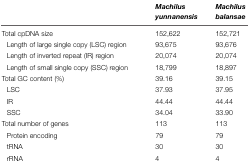
<table><thead><tr><td></td><td><b><i>Machilus yunnanensis</i></b></td><td><b><i>Machilus balansae</i></b></td></tr></thead><tbody><tr><td>Total cpDNA size</td><td>152,622</td><td>152,721</td></tr><tr><td>Length of large single copy (LSC) region</td><td>93,675</td><td>93,676</td></tr><tr><td>Length of inverted repeat (IR) region</td><td>20,074</td><td>20,074</td></tr><tr><td>Length of small single copy (SSC) region</td><td>18,799</td><td>18,897</td></tr><tr><td>Total GC content (%)</td><td>39.16</td><td>39.15</td></tr><tr><td>LSC</td><td>37.93</td><td>37.95</td></tr><tr><td>IR</td><td>44.44</td><td>44.44</td></tr><tr><td>SSC</td><td>34.04</td><td>33.90</td></tr><tr><td>Total number of genes</td><td>113</td><td>113</td></tr><tr><td>Protein encoding</td><td>79</td><td>79</td></tr><tr><td>tRNA</td><td>30</td><td>30</td></tr><tr><td>rRNA</td><td>4</td><td>4</td></tr></tbody></table>